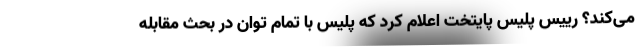
می‌کند؟ رییس پلیس پایتخت اعلام کرد که پلیس با تمام توان در بحث مقابله